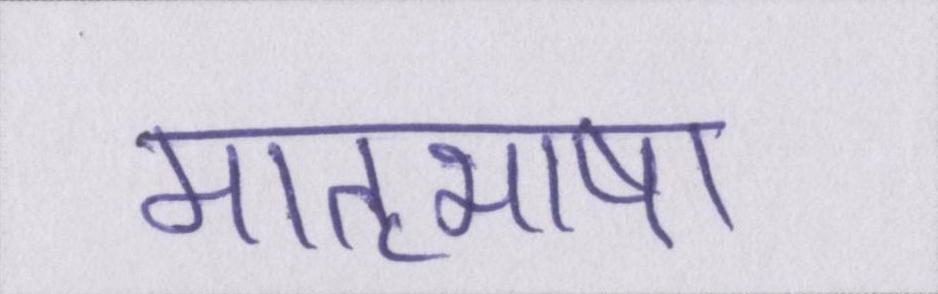
मातृभाषा